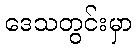
ဒေသတွင်းမှာ